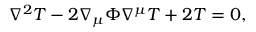
\nabla ^ { 2 } T - 2 \nabla _ { \mu } \Phi \nabla ^ { \mu } T + 2 T = 0 ,